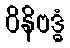
ဝိနိဗဒ္ဓံ